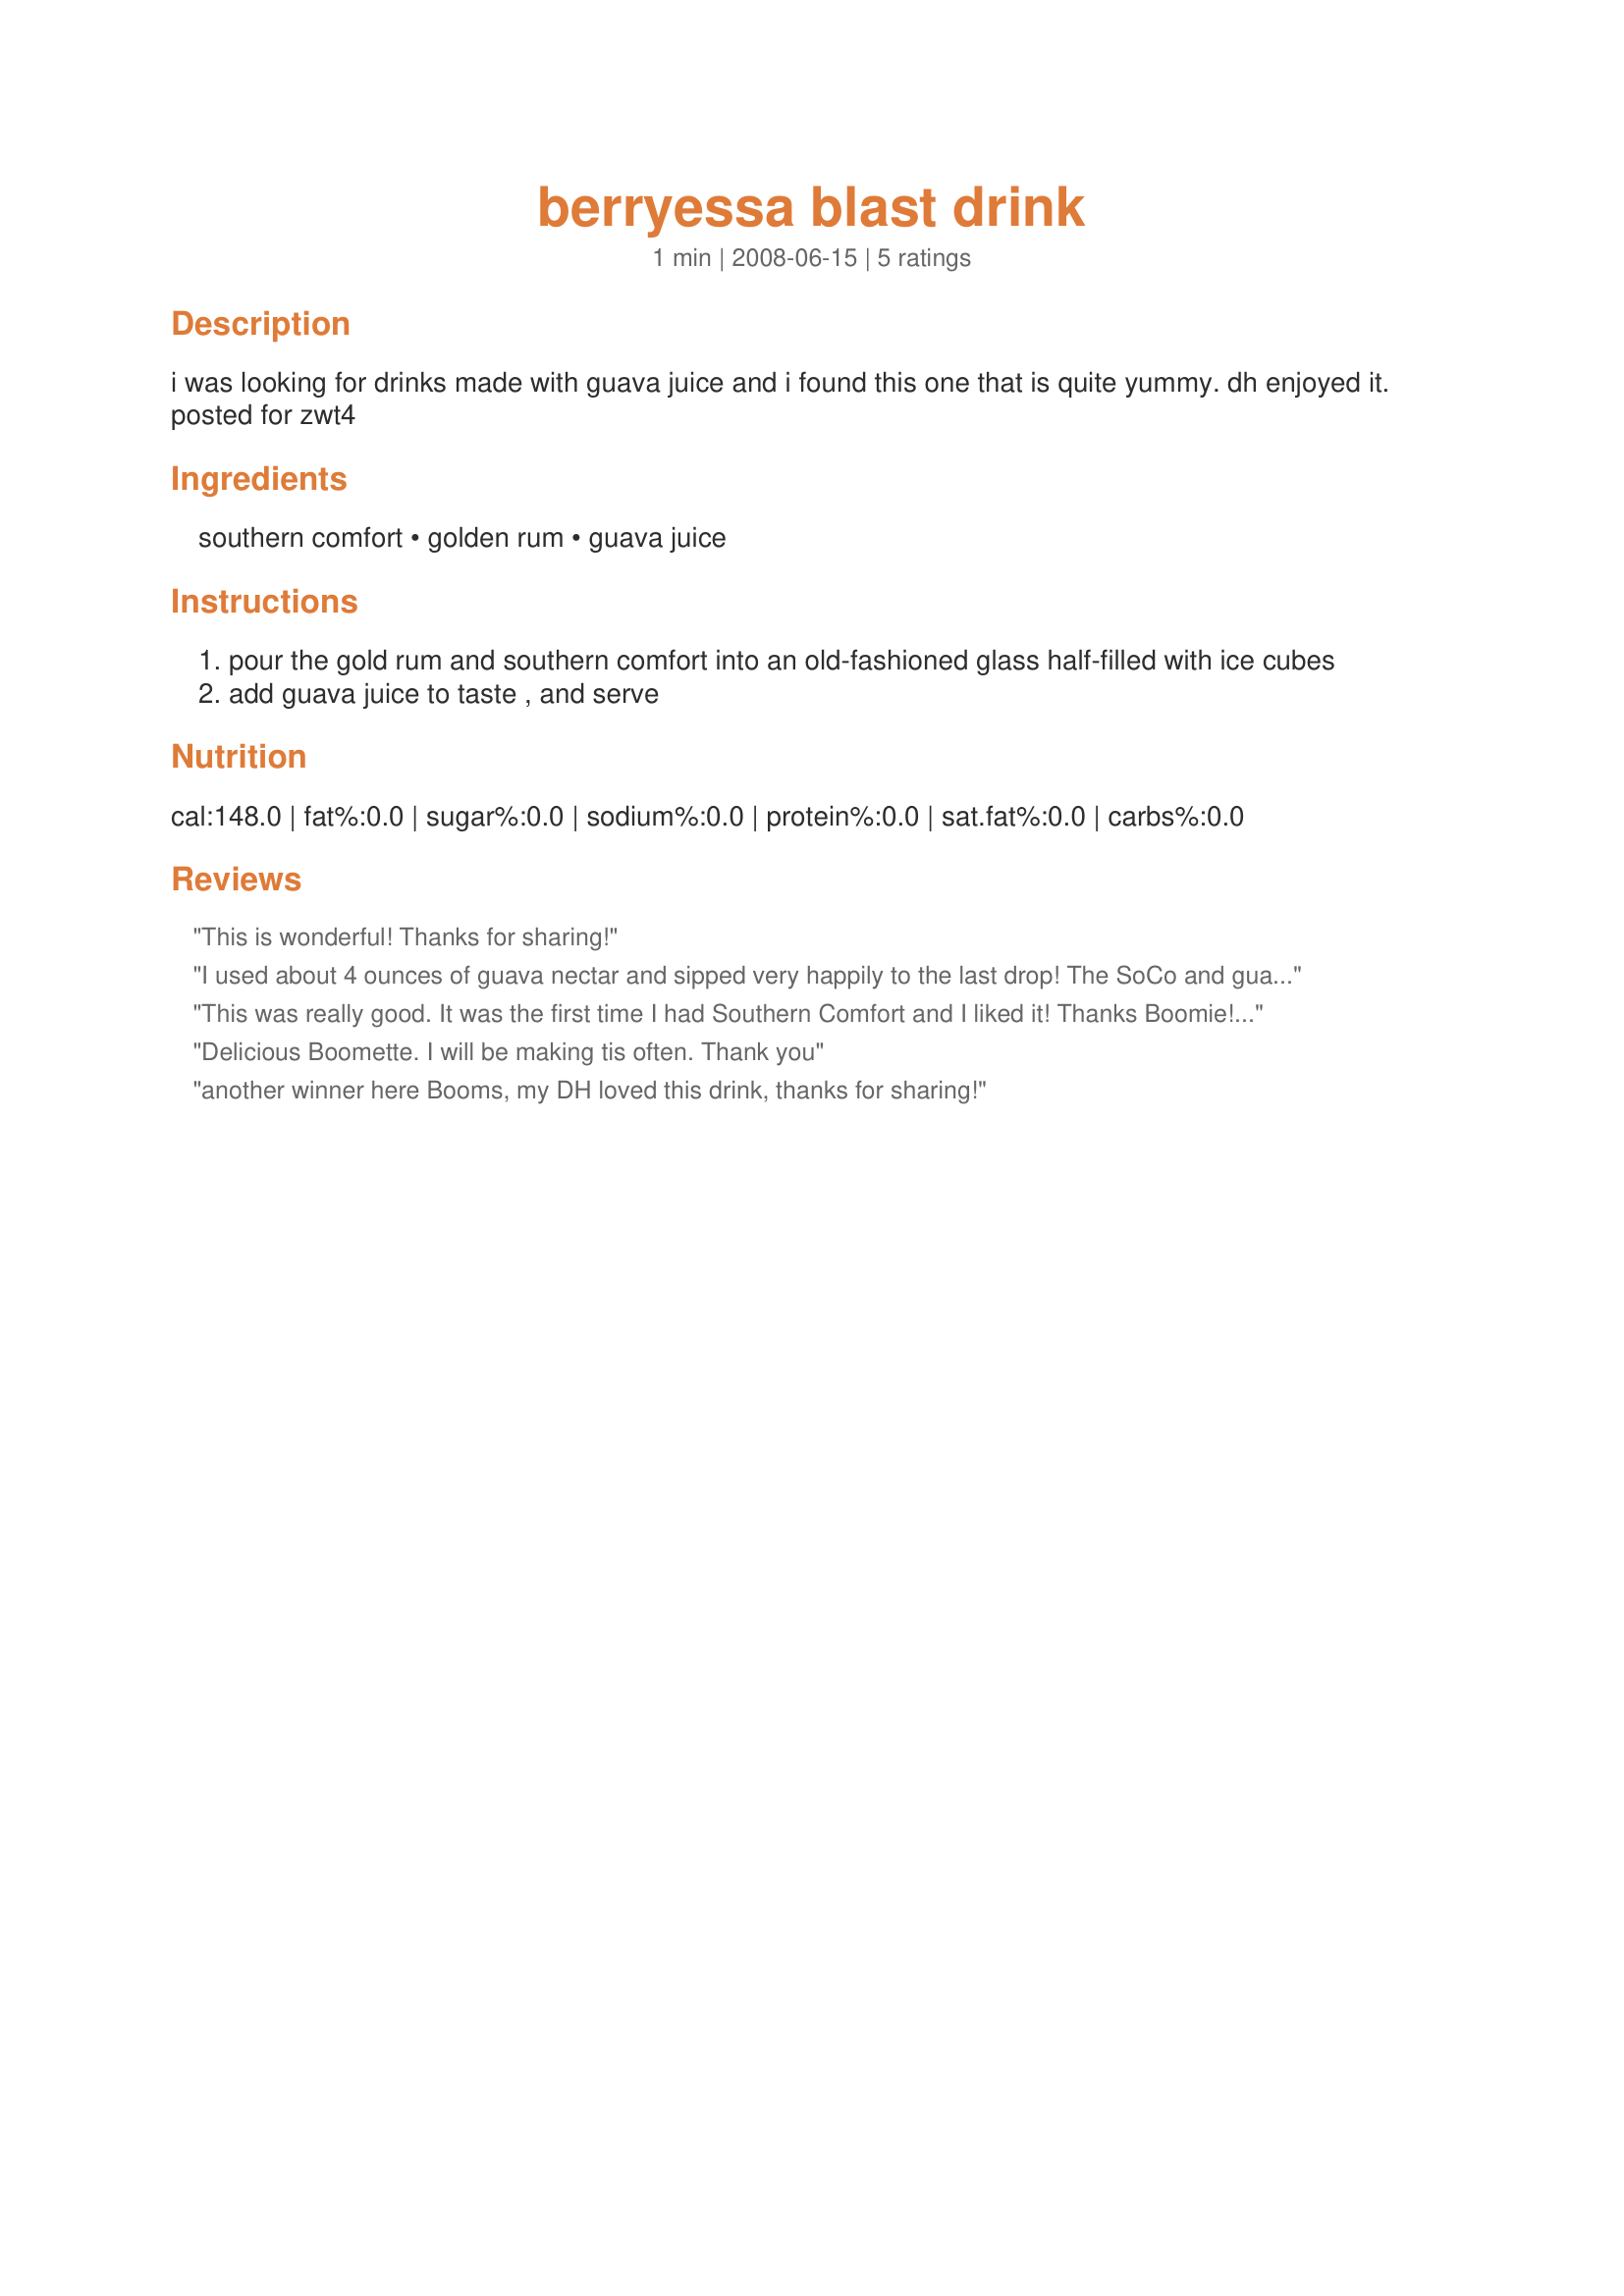
berryessa blast drink
Preparation time: 1 minutes

i was looking for drinks made with guava juice and i found this one that is quite yummy. dh enjoyed it. posted for zwt4

Ingredients:
southern comfort, golden rum, guava juice

Steps:
pour the gold rum and southern comfort into an old-fashioned glass half-filled with ice cubes
add guava juice to taste , and serve

Reviews:
This is wonderful! Thanks for sharing!
I used about 4 ounces of guava nectar and sipped very happily to the last drop! The SoCo and guava are really great together. Made for the Babes of ZWT4.
This was really good. It was the first time I had Southern Comfort and I liked it! Thanks Boomie! made for ZWT 4 by a Jefe de la Cocina!
Delicious Boomette. I will be making tis often. Thank you
another winner here Booms, my DH loved this drink, thanks for sharing!
